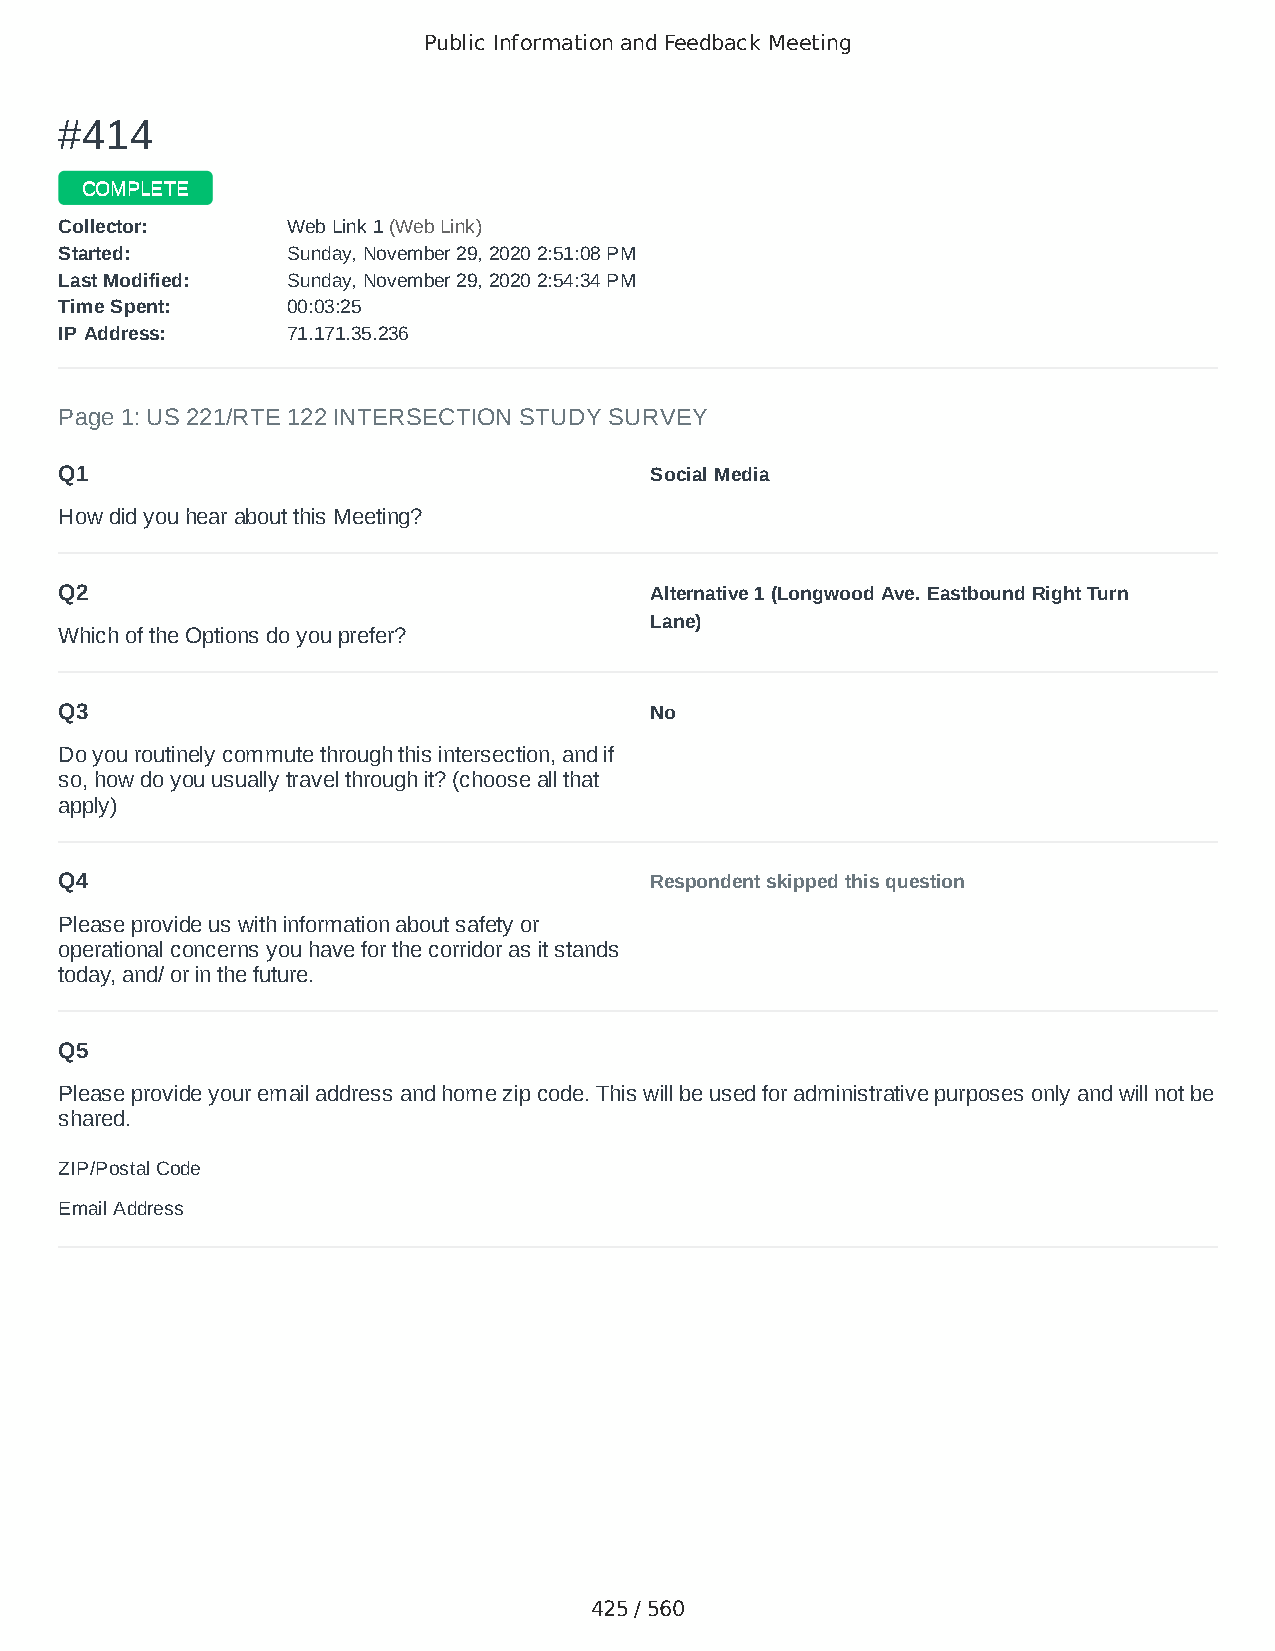
Public Information and Feedback Meeting
 ##441144
 CCOOMMPPLLEETTEE
 CCoolllleeccttoorr:: WWeebb LLiinnkk 11 ((WWeebb LLiinnkk))
 SSttaarrtteedd:: SSuunnddaayy,, NNoovveemmbbeerr 2299,, 22002200 22::5511::0088 PPMM
 LLaasstt MMooddiiffiieedd:: SSuunnddaayy,, NNoovveemmbbeerr 2299,, 22002200 22::5544::3344 PPMM
 TTiimmee SSppeenntt:: 0000::0033::2255
 IIPP AAddddrreessss:: 7711..117711..3355..223366
 Page 1: US 221/RTE 122 INTERSECTION STUDY SURVEY
 Q1                                     Social Media
 How did you hear about this Meeting?
 Q2                                     Alternative 1 (Longwood Ave. Eastbound Right Turn
 Lane)
 Which of the Options do you prefer?
 Q3                                     No
 Do you routinely commute through this intersection, and if
 so, how do you usually travel through it? (choose all that
 apply)
 Q4                                     Respondent skipped this question
 Please provide us with information about safety or
 operational concerns you have for the corridor as it stands
 today, and/ or in the future.
 Q5
 Please provide your email address and home zip code. This will be used for administrative purposes only and will not be
 shared.
 ZIP/Postal Code                        24523
 Email Address                          genieadams@verizon.net
 425 / 560